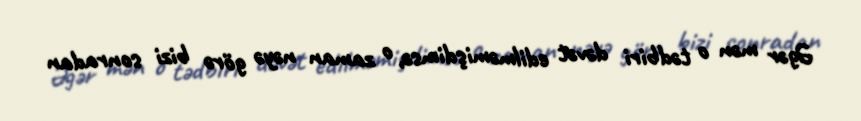
Əgər mən o tədbiri dəvət edilməmişdimsə, o zaman nəyə görə bizi sonradan